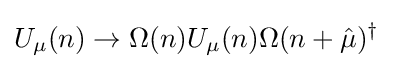
U_{\mu }(n)\rightarrow \Omega (n)U_{\mu }(n)\Omega (n+{\hat {\mu }})^{\dagger }